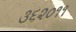
૩૬૨૦૧૧